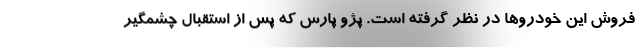
فروش این خودروها در نظر گرفته است. پژو پارس که پس از استقبال چشمگیر